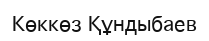
Көккөз Құндыбаев